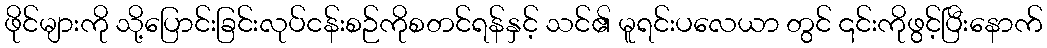
ဖိုင်များကို သို့ပြောင်းခြင်းလုပ်ငန်းစဉ်ကိုစတင်ရန်နှင့် သင်၏ မူရင်းပလေယာ တွင် ၎င်းကိုဖွင့်ပြီးနောက်